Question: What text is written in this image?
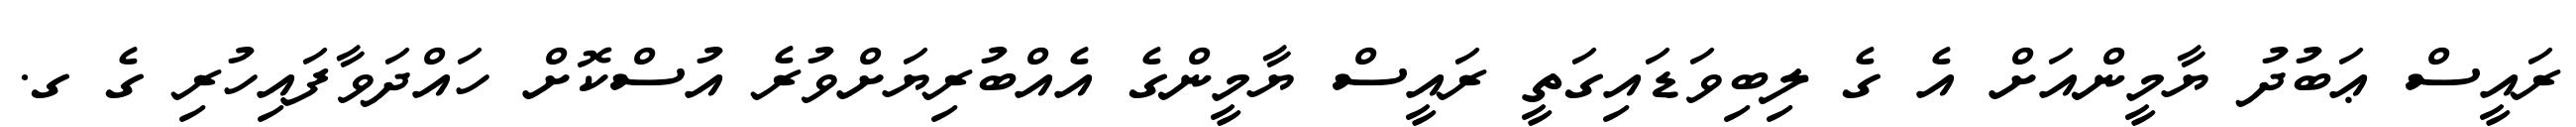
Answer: ރައީސް ޢަބުދު ޔާމީންއަށް އެ ގެ ލިބިވަޑައިގަތީ ރައީސް ޔާމީންގެ އެއްބުރިޔަށްވުރެ އުސްކޮށް ހައްދަވާފައިހުރި ގެ ގ.